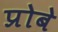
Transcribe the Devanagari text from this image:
प्रोबे